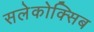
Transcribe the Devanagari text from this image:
सलेकोक्सिब